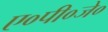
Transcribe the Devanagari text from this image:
ए०पी०जे०